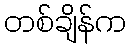
တစ်ချိန်က